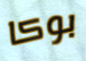
بوكا